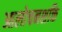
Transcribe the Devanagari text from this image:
आलोचनशक्ति